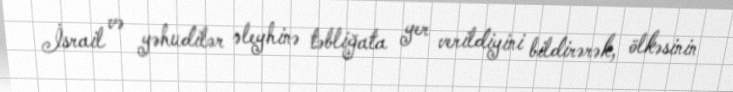
İsrail və yəhudilər əleyhinə təbliğata yer verildiyini bildirərək, ölkəsinin